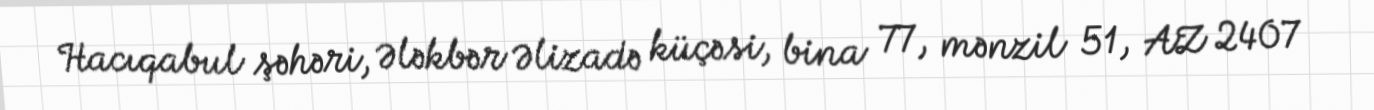
Hacıqabul şəhəri, Ələkbər Əlizadə küçəsi, bina 77, mənzil 51, AZ 2407